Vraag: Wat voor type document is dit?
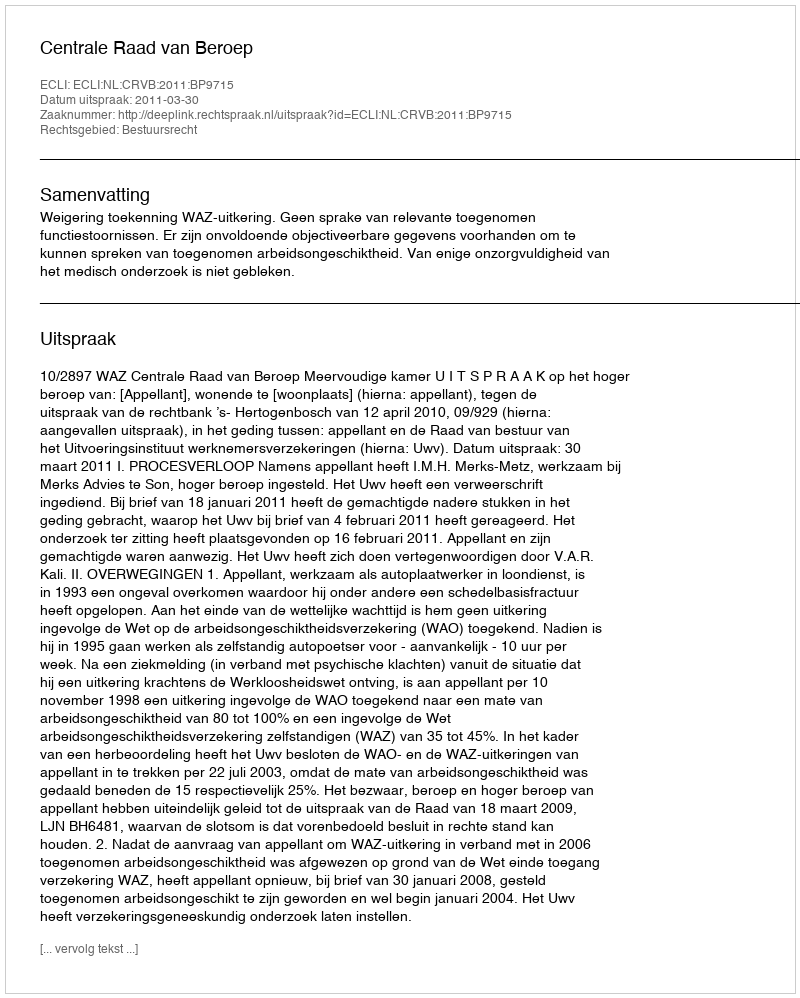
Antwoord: Uitspraak